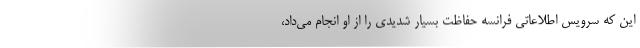
این که سرویس اطلاعاتی فرانسه حفاظت بسیار شدیدی را از او انجام می‌داد،